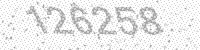
Solution: 126258